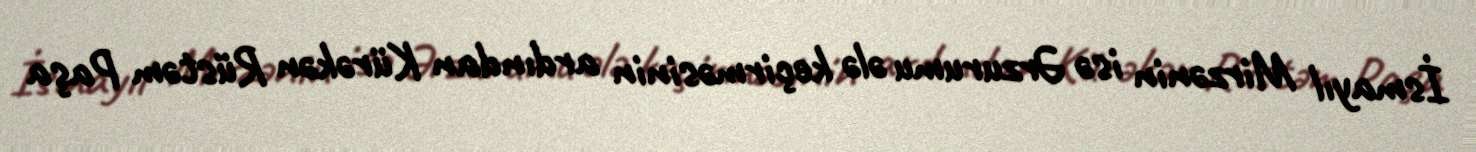
İsmayıl Mirzənin isə Ərzurumu ələ keçirməsinin ardından Kürəkən Rüstəm Paşa